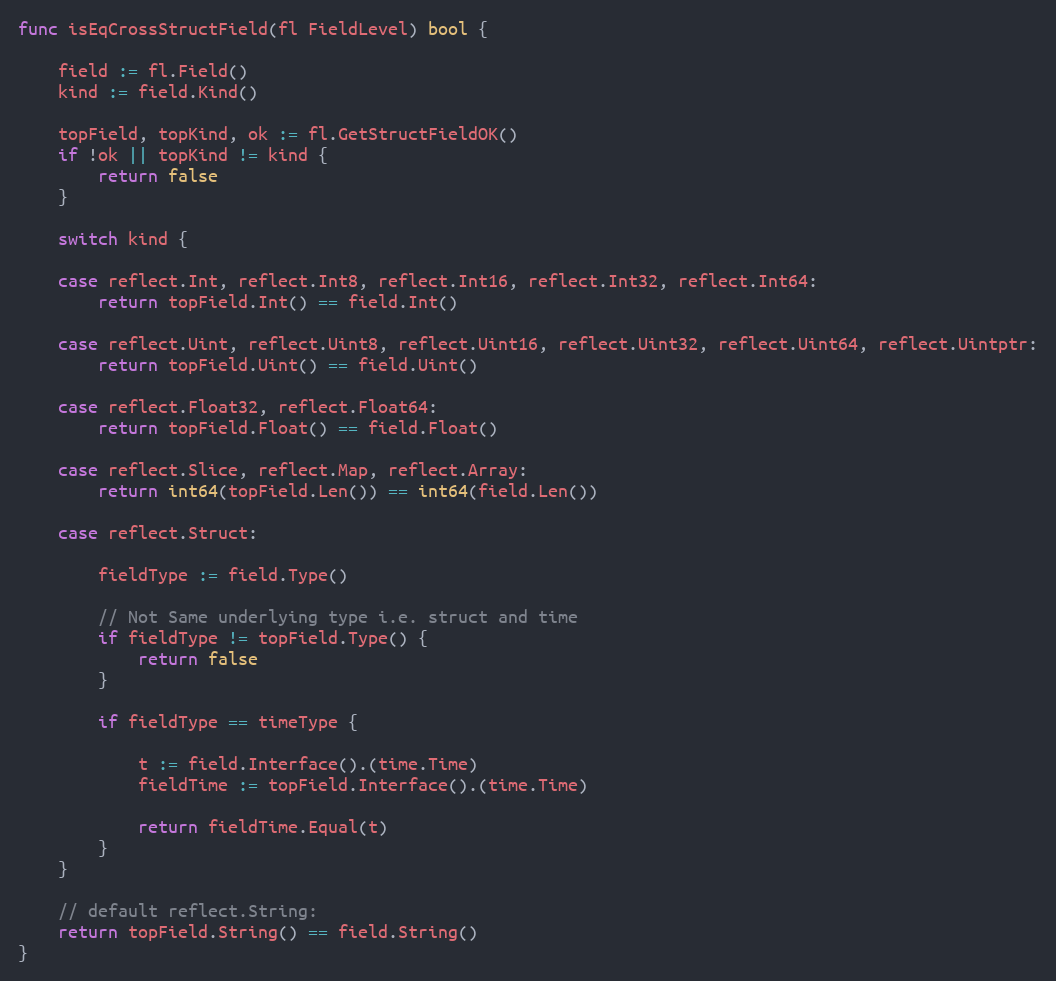
Language: Go
func isEqCrossStructField(fl FieldLevel) bool {

	field := fl.Field()
	kind := field.Kind()

	topField, topKind, ok := fl.GetStructFieldOK()
	if !ok || topKind != kind {
		return false
	}

	switch kind {

	case reflect.Int, reflect.Int8, reflect.Int16, reflect.Int32, reflect.Int64:
		return topField.Int() == field.Int()

	case reflect.Uint, reflect.Uint8, reflect.Uint16, reflect.Uint32, reflect.Uint64, reflect.Uintptr:
		return topField.Uint() == field.Uint()

	case reflect.Float32, reflect.Float64:
		return topField.Float() == field.Float()

	case reflect.Slice, reflect.Map, reflect.Array:
		return int64(topField.Len()) == int64(field.Len())

	case reflect.Struct:

		fieldType := field.Type()

		// Not Same underlying type i.e. struct and time
		if fieldType != topField.Type() {
			return false
		}

		if fieldType == timeType {

			t := field.Interface().(time.Time)
			fieldTime := topField.Interface().(time.Time)

			return fieldTime.Equal(t)
		}
	}

	// default reflect.String:
	return topField.String() == field.String()
}